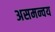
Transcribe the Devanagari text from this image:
असमन्वय